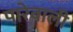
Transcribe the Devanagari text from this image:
पारेवाली